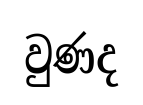
වුණද